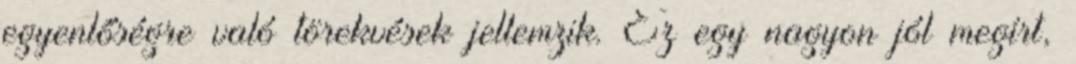
egyenlőségre való törekvések jellemzik. Ez egy nagyon jól megírt,